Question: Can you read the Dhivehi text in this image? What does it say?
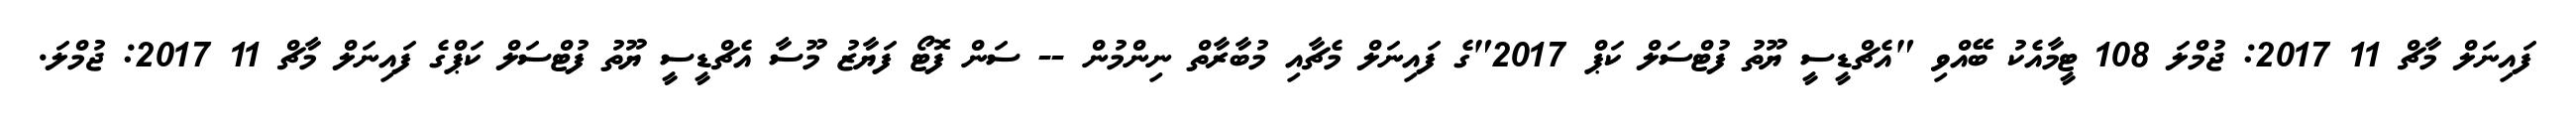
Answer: ފައިނަލް މާޗް 11 2017: ޖުމްލަ 108 ޓީމާއެކު ބޭއްވި "އެޗްޑީސީ ޔޫތު ފުޓްސަލް ކަޕް 2017"ގެ ފައިނަލް މެޗާއި މުބާރާތް ނިންމުން -- ސަން ފޮޓޯ ފަޔާޒު މޫސާ އެޗްޑީސީ ޔޫތު ފުޓްސަލް ކަޕްގެ ފައިނަލް މާޗް 11 2017: ޖުމްލަ.